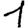
Digit: 1